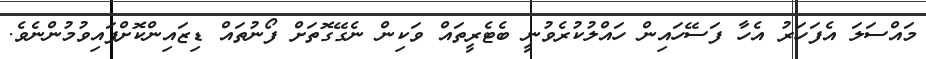
މައްސަލަ އެފަހަރު އެހާ ފަސޭހައިން ހައްލުކުރެވުނީ ބެޓެރީތައް ވަކިން ނެގޭގޮތަށް ފޯނުތައް ޑިޒައިންކޮށްފައިވުމުންނެވެ.